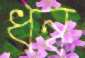
ধন্ব